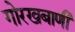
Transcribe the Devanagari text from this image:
गोरखबाणी